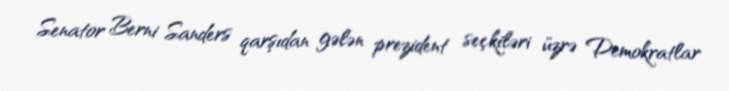
Senator Berni Sanders qarşıdan gələn prezident seçkiləri üzrə Demokratlar